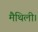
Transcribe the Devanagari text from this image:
मैथिली।